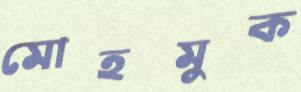
মোহমুক